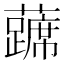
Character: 𰲔